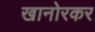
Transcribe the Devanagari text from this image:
खानोरकर